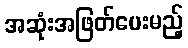
အဆုံးအဖြတ်ပေးမည့်